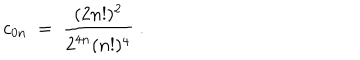
LaTeX: c _ { 0 n } \; = \; { \frac { ( 2 n ! ) ^ { 2 } } { 2 ^ { 4 n } ( n ! ) ^ { 4 } } } \; .